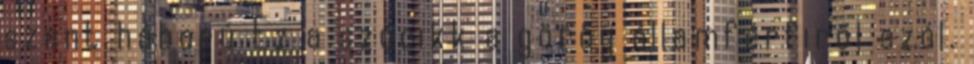
szent háború Ez a szócikk a görög államférfiről szól.